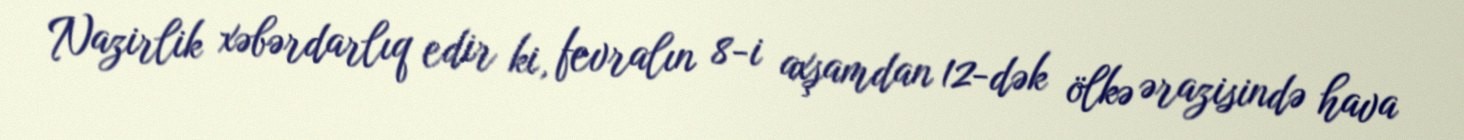
Nazirlik xəbərdarlıq edir ki, fevralın 8-i axşamdan 12-dək ölkə ərazisində hava